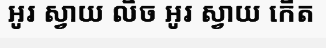
អូរ ស្វាយ លិច អូរ ស្វាយ កើត